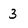
Character: 3